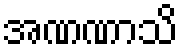
အဏဏာသိ